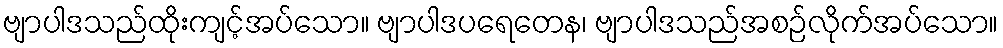
ဗျာပါဒသည်ထိုးကျင့်အပ်သော။ ဗျာပါဒပရေတေန၊ ဗျာပါဒသည်အစဉ်လိုက်အပ်သော။